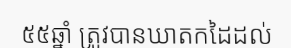
៥៥ឆ្នាំ ត្រូវបានឃាតកដៃដល់